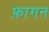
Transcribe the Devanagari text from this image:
फ़ागन